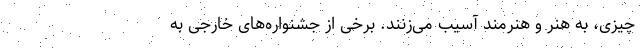
چیزی، به هنر و هنرمند آسیب می‌زنند. برخی از جشنواره‌های خارجی به